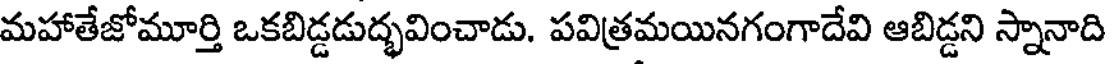
మహాతేజోమూర్తి ఒకబిడ్డడుద్భవించాడు. పవిత్రమయినగంగాదేవి ఆబిడ్డని స్నానాది